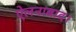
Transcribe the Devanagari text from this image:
ऐलनाबाद।